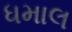
ધમાલ